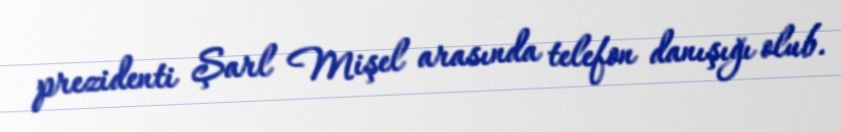
prezidenti Şarl Mişel arasında telefon danışığı olub.